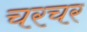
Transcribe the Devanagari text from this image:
चरचर